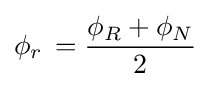
\phi _{r}\,={\frac {\phi _{R}+\phi _{N}}{2}}